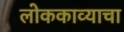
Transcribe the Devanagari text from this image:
लोककाव्याचा